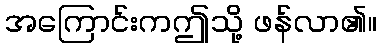
အကြောင်းကဤသို့ ဖန်လာ၏။